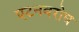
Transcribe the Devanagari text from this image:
एटनबरोघ